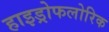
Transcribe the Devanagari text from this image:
हाइड्रोफलोरिक